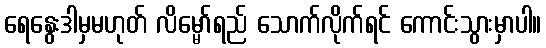
ရေနွေးဒါမှမဟုတ် လိမ္မော်ရည် သောက်လိုက်ရင် ကောင်းသွားမှာပါ။